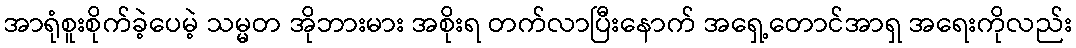
အာရုံစူးစိုက်ခဲ့ပေမဲ့ သမ္မတ အိုဘားမား အစိုးရ တက်လာပြီးနောက် အရှေ့တောင်အာရှ အရေးကိုလည်း